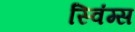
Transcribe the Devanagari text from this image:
स्विंग्स